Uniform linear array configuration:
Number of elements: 24
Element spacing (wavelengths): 0.5
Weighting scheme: uniform
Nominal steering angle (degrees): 15
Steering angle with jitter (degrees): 16.979
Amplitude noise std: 0.05
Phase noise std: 0.05

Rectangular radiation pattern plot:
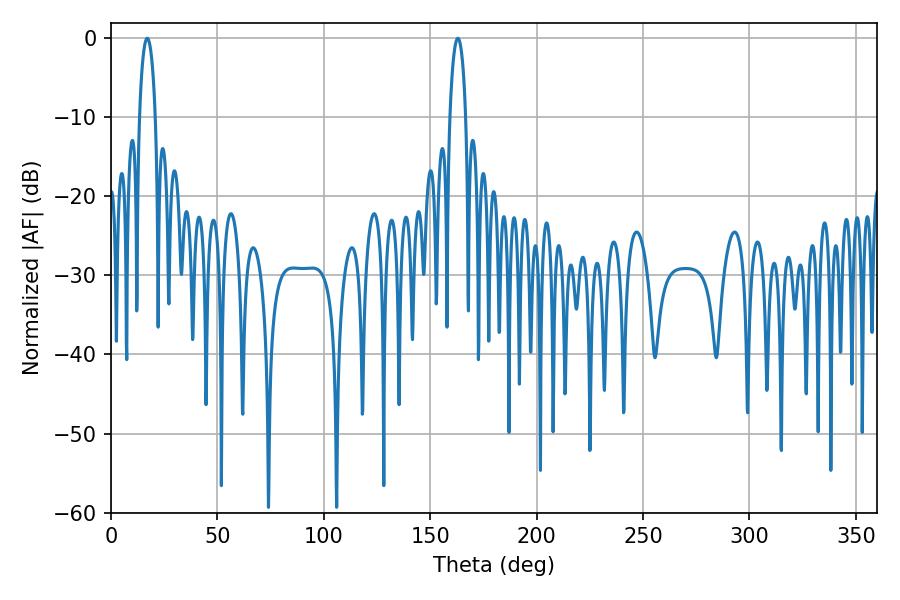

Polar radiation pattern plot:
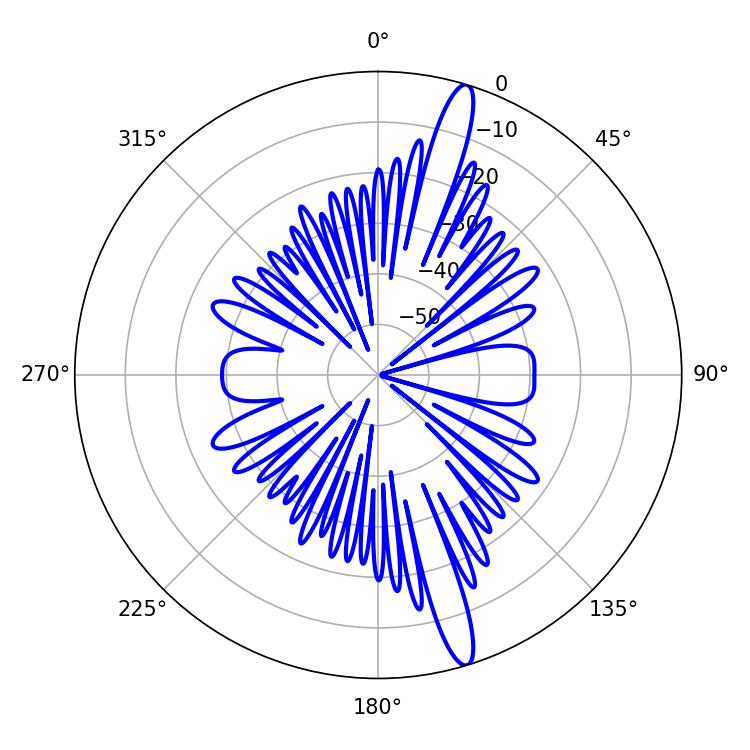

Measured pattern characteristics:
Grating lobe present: FALSE
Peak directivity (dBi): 16.013
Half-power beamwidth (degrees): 4.14
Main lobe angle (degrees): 162.9